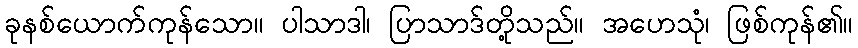
ခုနစ်ယောက်ကုန်သော။ ပါသာဒါ၊ ပြာသာဒ်တို့သည်။ အဟေသုံ၊ ဖြစ်ကုန်၏။